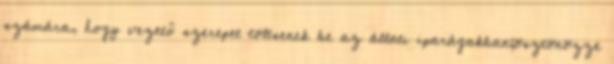
számára, hogy vezető szerepet töltsenek be az állati iparágakban;ösztönözze